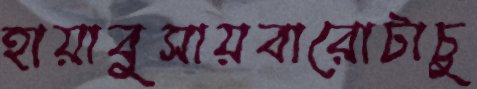
হায়াবুসায়বারোটাচু